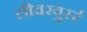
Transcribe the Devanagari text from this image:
लीवरवुर्स्ट